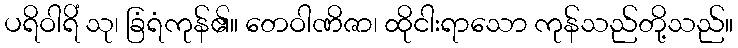
ပရိဝါရိံ သု၊ ခြံရံကုန်၏။ တေဝါဏိဇာ၊ ထိုငါးရာသော ကုန်သည်တို့သည်။